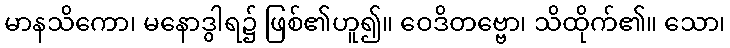
မာနသိကော၊ မနောဒွါရ၌ ဖြစ်၏ဟူ၍။ ဝေဒိတဗ္ဗော၊ သိထိုက်၏။ သော၊